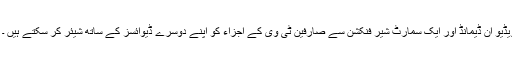
55LW650S کے تھری ڈی ویڈیو اَن ڈیمانڈ اور ایک سمارٹ شیر فنکشن سے صارفین ٹی وی کے اجزاء کو اپنے دوسرے ڈیوائسز کے ساتھ شیئر کر سکتے ہیں ۔